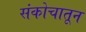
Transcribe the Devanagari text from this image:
संकोचातून